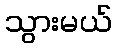
သွားမယ်